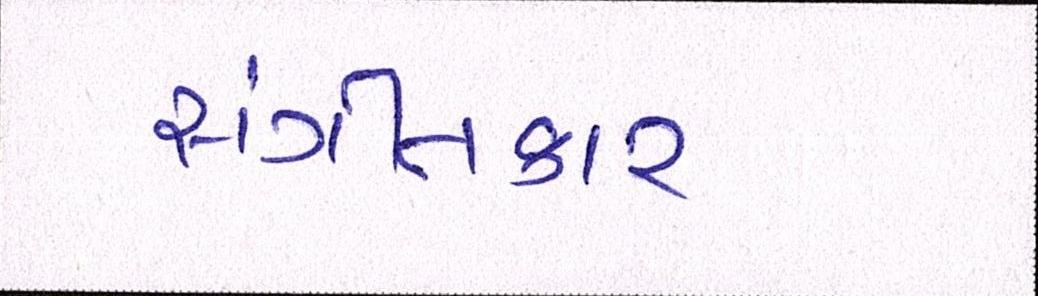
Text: સંગીતકાર